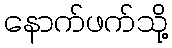
နောက်ဖက်သို့